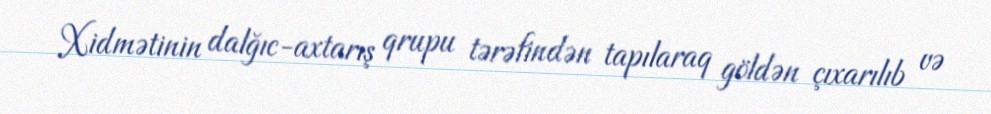
Xidmətinin dalğıc-axtarış qrupu tərəfindən tapılaraq göldən çıxarılıb və